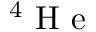
^ 4 \mathrm { ~ H ~ e ~ }